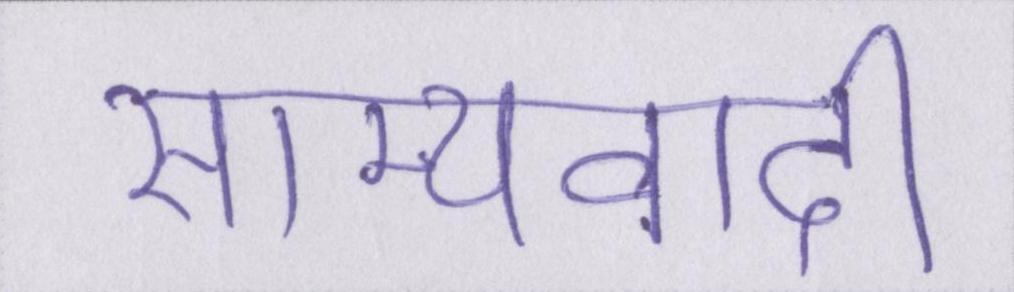
साम्यवादी